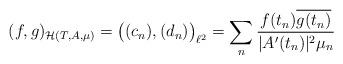
LaTeX: \begin{align*}(f, g)_{\mathcal{H}(T,A,\mu)} = \big((c_n), (d_n)\big)_{\ell^2}= \sum_n \frac{f(t_n) \overline{g(t_n)}}{|A'(t_n)|^2 \mu_n}\end{align*}